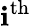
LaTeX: \mathbf{i}^{\mathrm{{th}}}